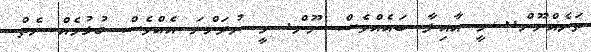
ތަނެއްނޫން.. މީ އާއިލާ ބައެއްވެސް ނޫން. މީ ނުދަންނަ އެއްވެސް ގުޅުމެއް ނެތް